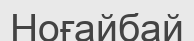
Ноғайбай